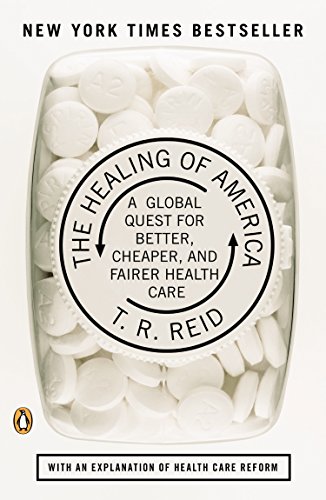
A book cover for The Healing of America: A Global Quest for Better, Cheaper, and Fairer Health Care; T. R. Reid; Medical Books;